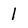
Character: l